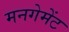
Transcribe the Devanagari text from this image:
मनगेमेंट